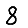
Digit: 8